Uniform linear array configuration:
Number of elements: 48
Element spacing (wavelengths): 0.25
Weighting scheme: exponential
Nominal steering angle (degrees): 45
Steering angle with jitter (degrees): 44.574
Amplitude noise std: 0.05
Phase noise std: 0.05

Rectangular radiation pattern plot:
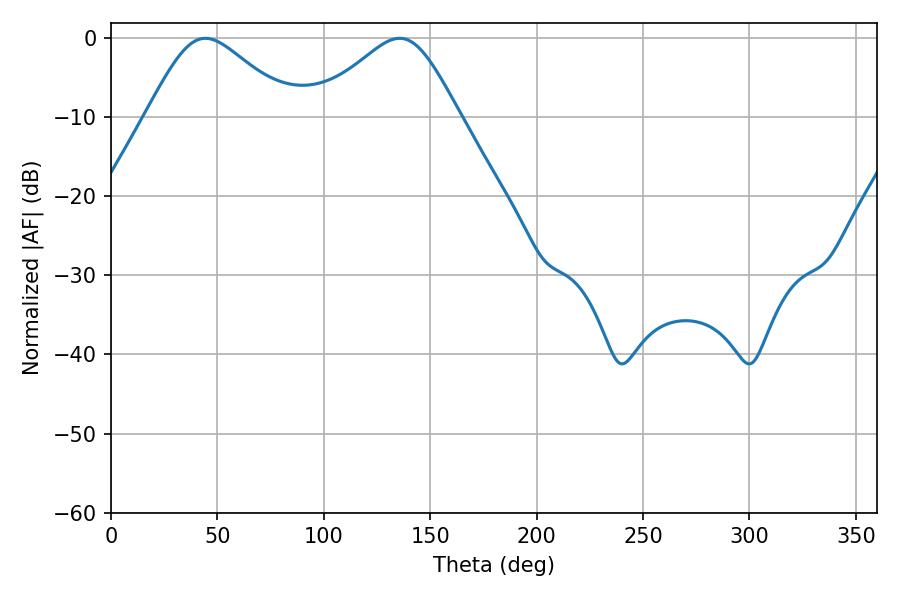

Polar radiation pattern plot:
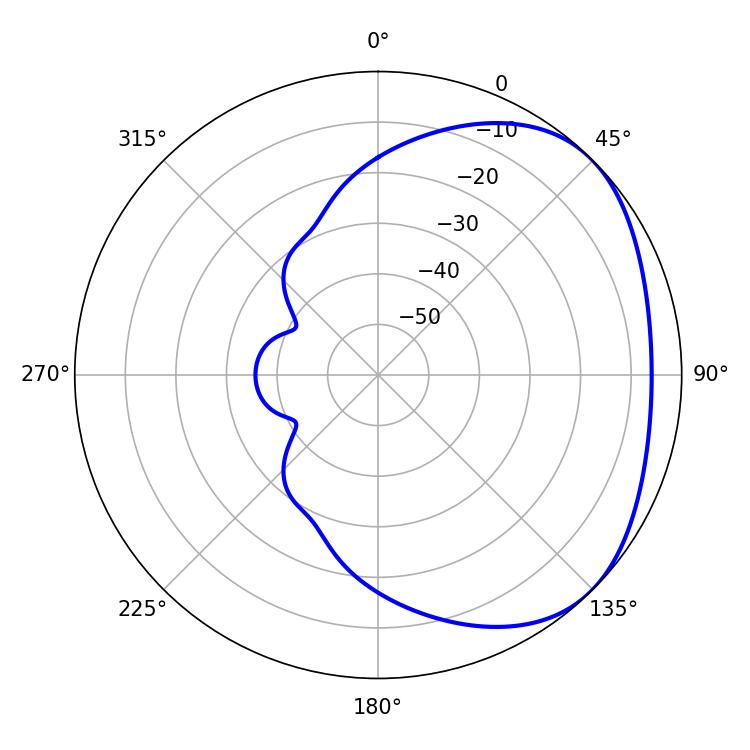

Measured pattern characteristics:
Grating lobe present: FALSE
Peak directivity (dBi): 2.943
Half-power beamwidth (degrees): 33.84
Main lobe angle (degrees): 44.28